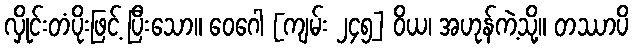
လှိုင်းတံပိုးဖြင့် ပြီးသော။ ဝေဂေါ [ကျမ်း ၂၄၅] ဝိယ၊ အဟုန်ကဲ့သို့။ တဿာပိ